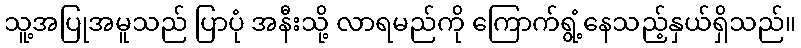
သူ့အပြုအမူသည် ပြာပုံ အနီးသို့ လာရမည်ကို ကြောက်ရွံ့နေသည့်နှယ်ရှိသည်။